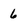
Character: 6